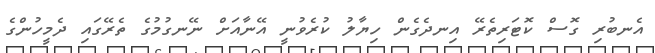
އެނބުރި ގޮސް ކޮޓަރިތެރޭ އިނދެގެން ހިޔާލު ކުރެވުނީ އޭނާއަށް ނޭނގުމުގެ ތެރޭގައި ދެމީހުންގެ